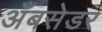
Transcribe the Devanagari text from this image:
अँबसेडर